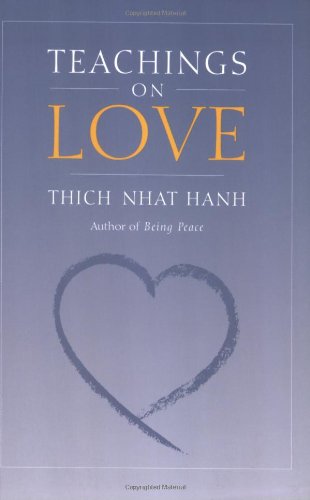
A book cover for Teachings on Love; Thich Nhat Hanh; Religion & Spirituality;